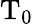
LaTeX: \mathrm{{T_{0}}}